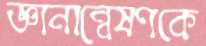
জ্ঞানান্বেষণকে